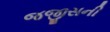
જજીસની